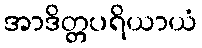
အာဒိတ္တပရိယာယံ